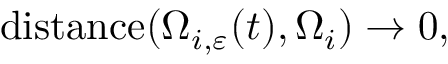
\begin{array} { r } { \mathrm { d i s t a n c e } ( \Omega _ { i , \varepsilon } ( t ) , \Omega _ { i } ) \to 0 , } \end{array}